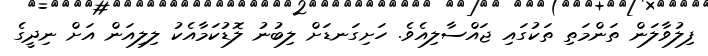
ފިލުވާލަން ތަންމަތި ތަކުގައި ޖައްސާލިއެވެ. ހަށިގަނޑަށް ލިބުނު ލޮޑުކަމާއެކު ލިލިއަން އަށް ނިދީގެ